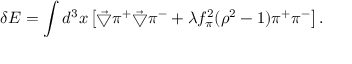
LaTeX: \delta E = \int d ^ { 3 } x \left[ \vec { \bigtriangledown } \pi ^ { + } \vec { \bigtriangledown } \pi ^ { - } + \lambda f _ { \pi } ^ { 2 } ( \rho ^ { 2 } - 1 ) \pi ^ { + } \pi ^ { - } \right] .